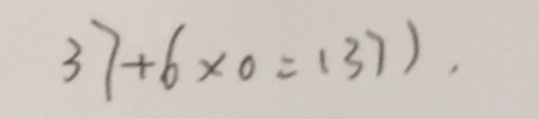
3 7 + 6 \times 0 = ( 3 7 ) .